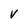
Character: V